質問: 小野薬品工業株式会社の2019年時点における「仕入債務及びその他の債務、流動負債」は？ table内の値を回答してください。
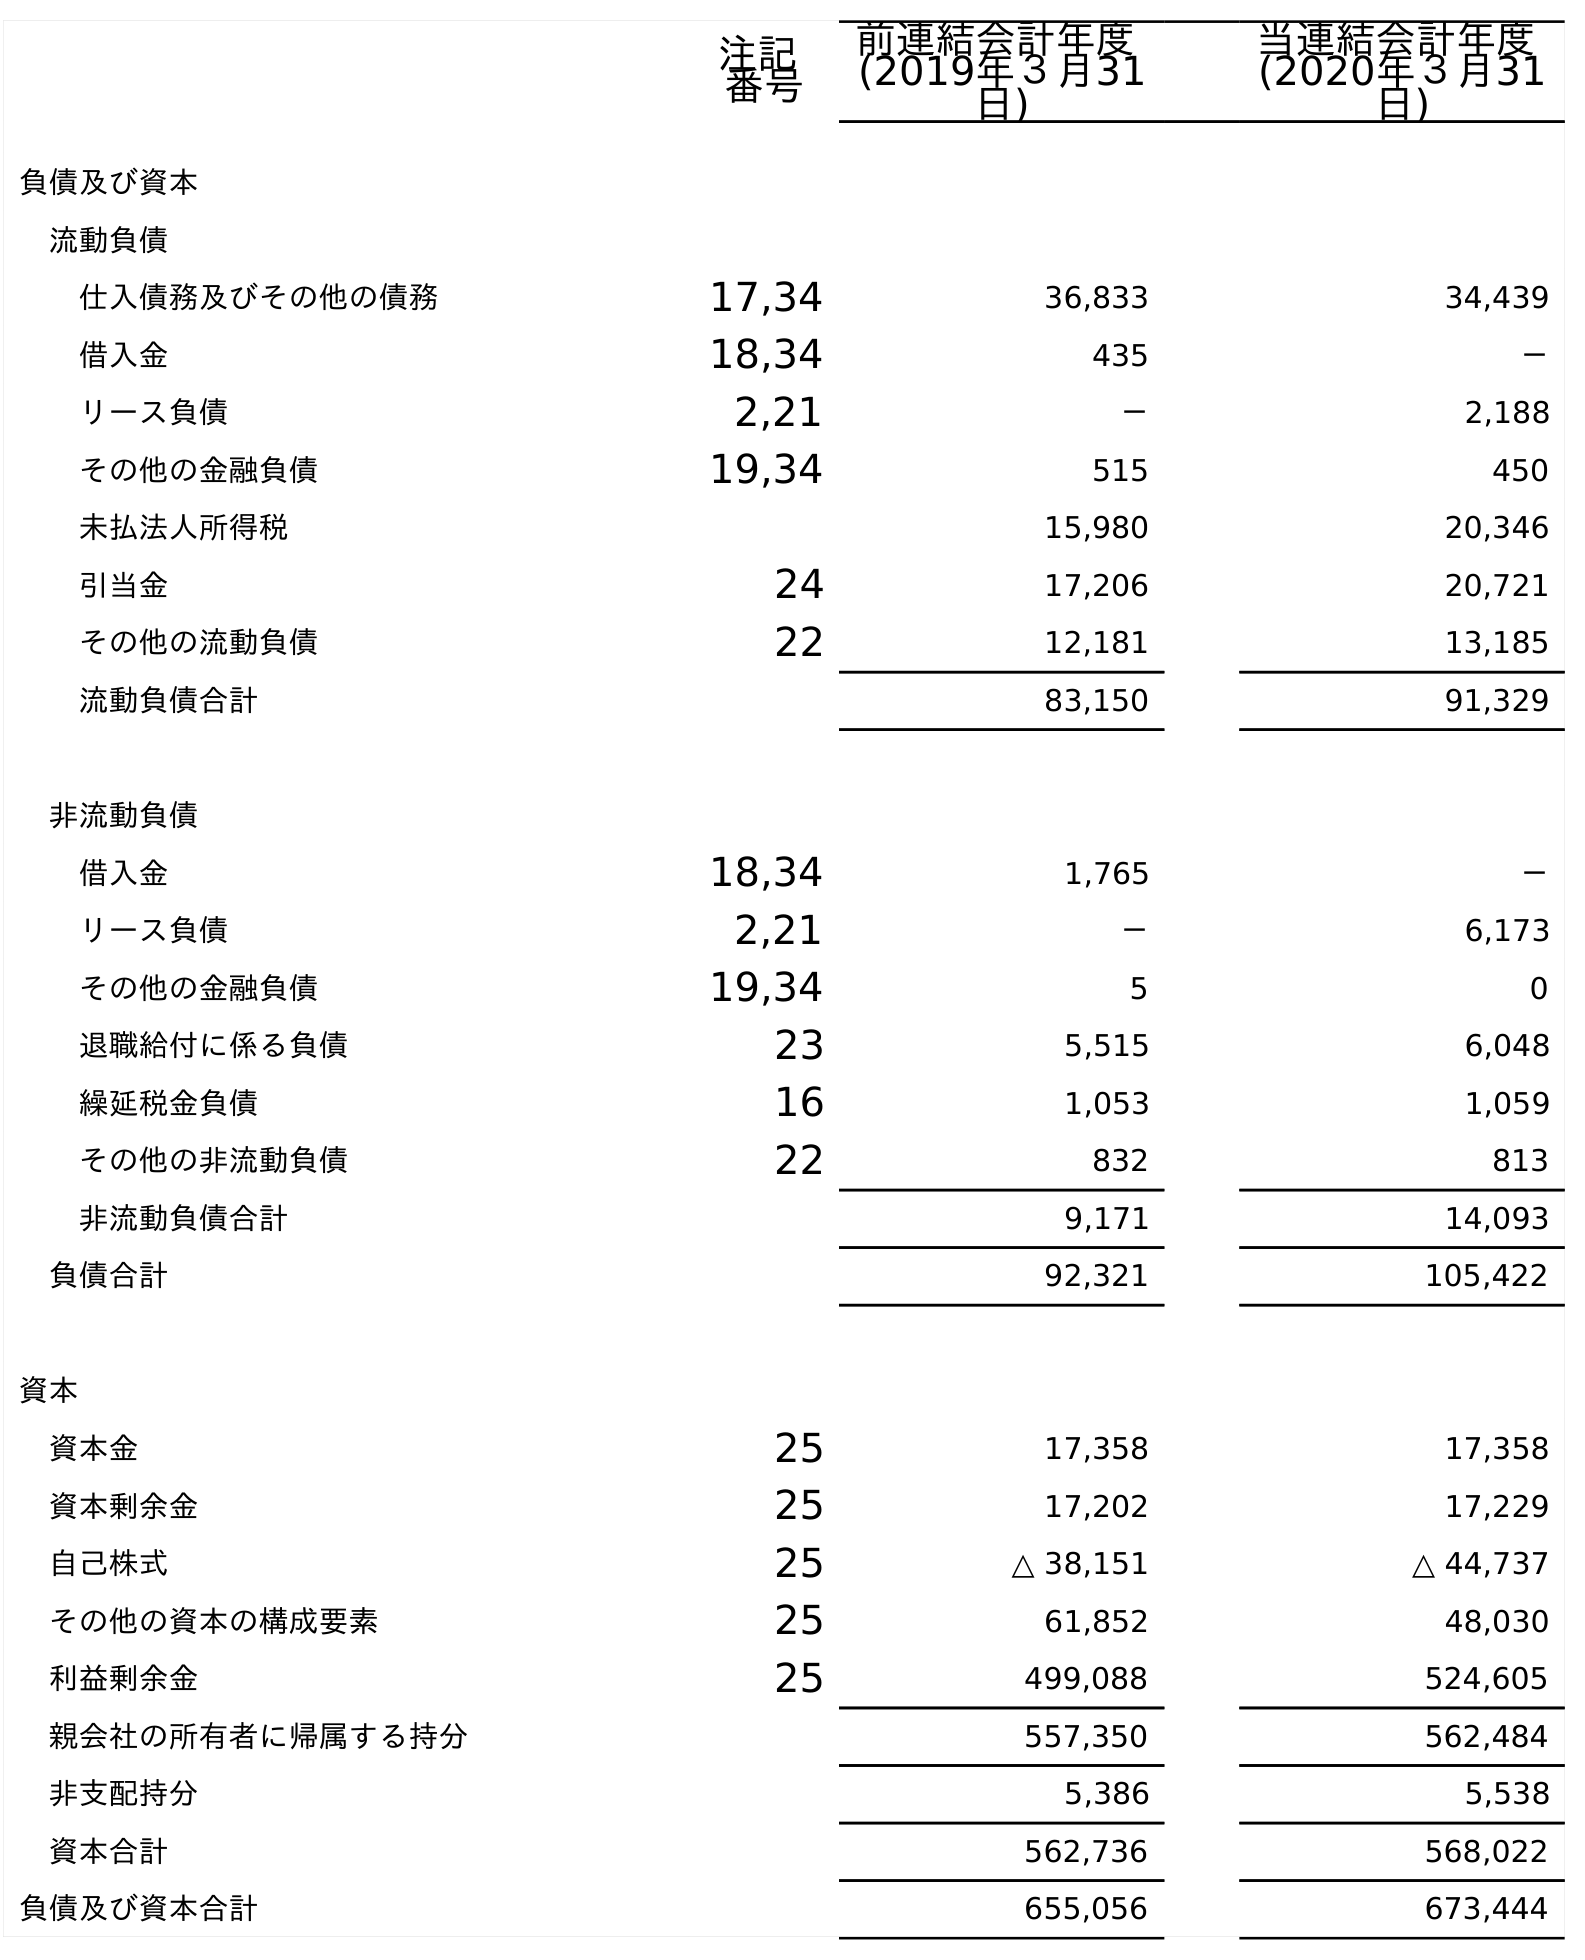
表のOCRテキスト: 注記 番号 前連結会計年度 (2019年３月31 日) 当連結会計年度 (2020年３月31 日) 負債及び資本 流動負債 仕入債務及びその他の債務 17,34 36,833 34,439 借入金 18,34 435 － リース負債 2,21 － 2,188 その他の金融負債 19,34 515 450 未払法人所得税 15,980 20,346 引当金 24 17,206 20,721 その他の流動負債 22 12,181 13,185 流動負債合計 83,150 91,329 非流動負債 借入金 18,34 1,765 － リース負債 2,21 － 6,173 その他の金融負債 19,34 5 0 退職給付に係る負債 23 5,515 6,048 繰延税金負債 16 1,053 1,059 その他の非流動負債 22 832 813 非流動負債合計 9,171 14,093 負債合計 92,321 105,422 資本 資本金 25 17,358 17,358 資本剰余金 25 17,202 17,229 自己株式 25 △ 38,151 △ 44,737 その他の資本の構成要素 25 61,852 48,030 利益剰余金 25 499,088 524,605 親会社の所有者に帰属する持分 557,350 562,484 非支配持分 5,386 5,538 資本合計 562,736 568,022 負債及び資本合計 655,056 673,444
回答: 36,833